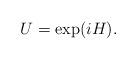
LaTeX: \begin{align*}U=\exp(iH).\end{align*}